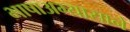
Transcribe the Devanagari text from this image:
भाषाअभ्यासाने